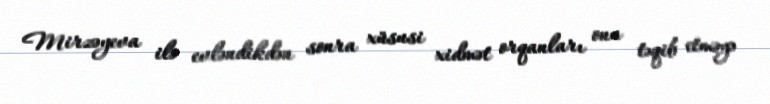
Mirzəyeva ilə evləndikdən sonra xüsusi xidmət orqanları onu təqib etməyə